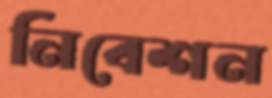
নিবেশন